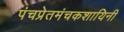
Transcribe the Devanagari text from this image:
पंचप्रेतमंचकशायिनी